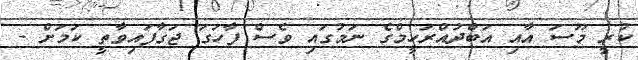
ކުރީ މޫސަ އާއި އަބްދުއްރަހީމްގެ ނަމުގައި ވެސް ފާހަގަ ޖަގާފައިވާތީ ކަމަށް -